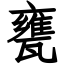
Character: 甕